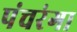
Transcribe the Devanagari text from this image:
पंचरंगा